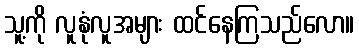
သူ့ကို လူနုံလူအများ ထင်နေကြသည်လော။